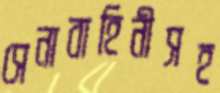
সেনাবাহিনীসহ